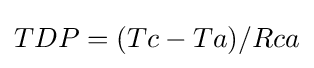
TDP=(Tc-Ta)/Rca